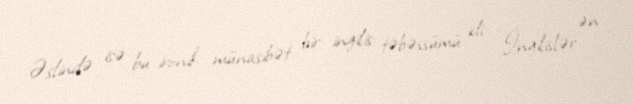
Əslində isə bu ironik münasibət bir ingilis təbəssümü idi. İngilislər ən